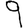
Digit: 9